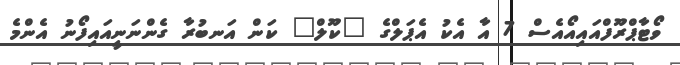
ވޯޓާޕްރޫފްއައިއޯއެސް 7 އާ އެކު އެޕަލްގެ "ކޫލް" ކަން އަނބުރާ ގެންނަނީއައިފޯނު އެންމެ